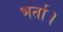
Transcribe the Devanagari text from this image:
भर्ता।